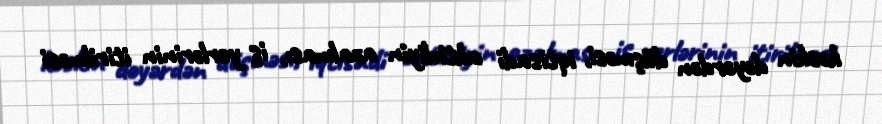
kəskin dəyərdən düşməsi, iqtisadi aktivliyin azalması, iş yerlərinin itirilməsi